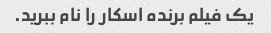
یک فیلم برنده اسکار را نام ببرید.